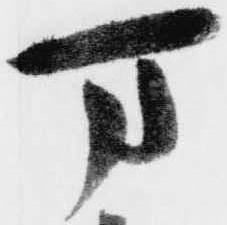
万